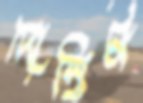
দোস্তিটা